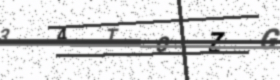
Text: 34TOZG